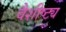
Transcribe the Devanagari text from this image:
वैशीष्ट्य